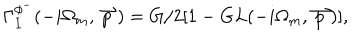
\Gamma _ { I } ^ { \phi ^ { - } } ( - i \Omega _ { m } , \stackrel { \rightharpoonup } { p } ) = G / 2 [ 1 - G L ( - i \Omega _ { m } , \stackrel { \rightharpoonup } { p } ) ] ,